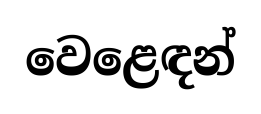
වෙළෙඳන්